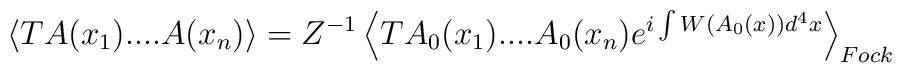
\left\langle TA(x_{1})....A(x_{n})\right\rangle =Z^{-1}\left\langleTA_{0}(x_{1})....A_{0}(x_{n})e^{i\int W(A_{0}(x))d^{4}x}\right\rangle _{Fock}